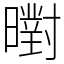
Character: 㬣